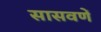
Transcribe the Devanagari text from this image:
सासवणें